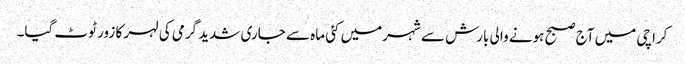
کراچی میں آج صبح ہونے والی بارش سے شہرمیں کئی ماہ سے جاری شدید گرمی کی لہر کا زور ٹوٹ گیا۔